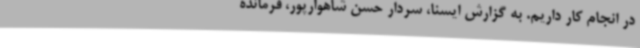
در انجام کار داریم‌. به گزارش ایسنا، سردار حسن شاهوارپور، فرمانده